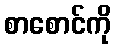
စာစောင်ကို